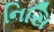
નિસિ